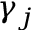
\gamma _ { j }